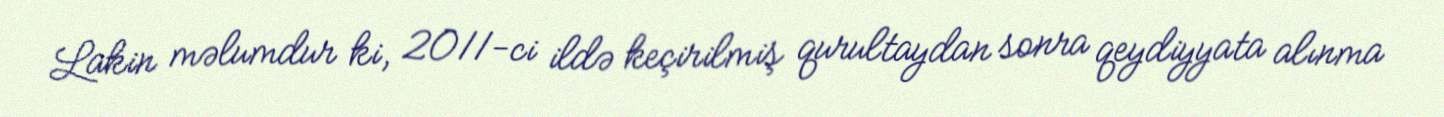
Lakin məlumdur ki, 2011-ci ildə keçirilmiş qurultaydan sonra qeydiyyata alınma